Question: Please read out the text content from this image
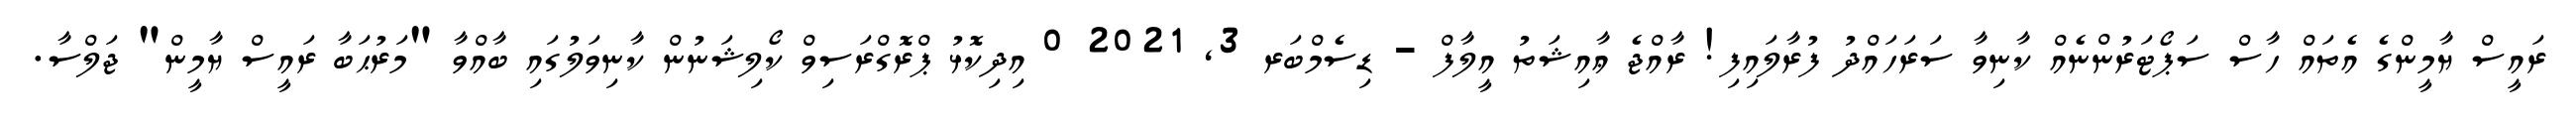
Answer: ރައީސް ޔާމީންގެ އެތައް ހާސް ސަޕޯޓަރުންނެއް ކާނިވާ ސަރަހައްދު ފުރާލައިފި! ރާއްޖެ ޢާއިޝަތު އީލާފް - ޑިސެމްބަރ 3, 2021 0 އިދިކޮޅު ޕްރޮގްރަސިވް ކޯލިޝަނުން ކާނިވަލުގައި ބާއްވާ "މަރުޙަބާ ރައީސް ޔާމީން" ޖަލްސާ.